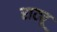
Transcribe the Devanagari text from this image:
राट्यू